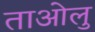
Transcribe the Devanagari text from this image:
ताओलु